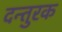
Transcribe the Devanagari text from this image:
दन्तुरक